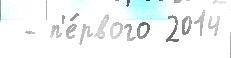
 - п'е́рвого 2014